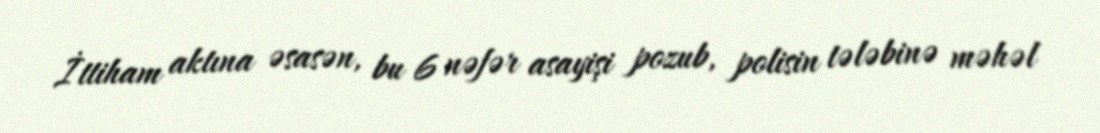
İttiham aktına əsasən, bu 6 nəfər asayişi pozub, polisin tələbinə məhəl